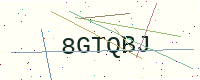
Text: 8GTQBJ